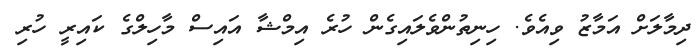
ދިމާލަށް އަމާޒު ވިއެވެ. ހިނިިތުންވެލައިގެން ހުރެ އިމްޝާ އައިސް މާހިލްގެ ކައިރީ ހުރި